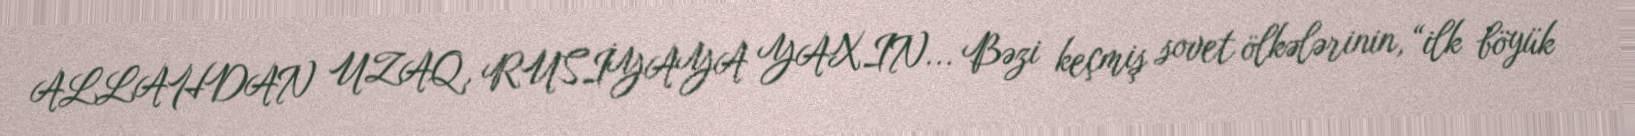
ALLAHDAN UZAQ, RUSİYAYA YAXIN... Bəzi keçmiş sovet ölkələrinin, “ilk böyük